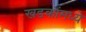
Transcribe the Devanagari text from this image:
खडकांंमध्ये